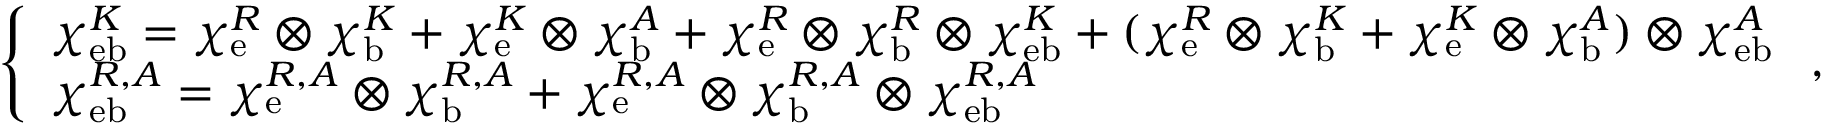
\left\{ \begin{array} { l } { \chi _ { \mathrm { e b } } ^ { K } = \chi _ { \mathrm { e } } ^ { R } \otimes \chi _ { \mathrm { b } } ^ { K } + \chi _ { \mathrm { e } } ^ { K } \otimes \chi _ { \mathrm { b } } ^ { A } + \chi _ { \mathrm { e } } ^ { R } \otimes \chi _ { \mathrm { b } } ^ { R } \otimes \chi _ { \mathrm { e b } } ^ { K } + ( \chi _ { \mathrm { e } } ^ { R } \otimes \chi _ { \mathrm { b } } ^ { K } + \chi _ { \mathrm { e } } ^ { K } \otimes \chi _ { \mathrm { b } } ^ { A } ) \otimes \chi _ { \mathrm { e b } } ^ { A } } \\ { \chi _ { \mathrm { e b } } ^ { R , A } = \chi _ { \mathrm { e } } ^ { R , A } \otimes \chi _ { \mathrm { b } } ^ { R , A } + \chi _ { \mathrm { e } } ^ { R , A } \otimes \chi _ { \mathrm { b } } ^ { R , A } \otimes \chi _ { \mathrm { e b } } ^ { R , A } } \end{array} \right. ,